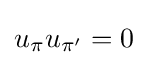
u_{\pi }u_{\pi '}=0